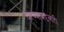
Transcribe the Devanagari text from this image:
यांच्याबद्दलही